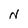
Character: N